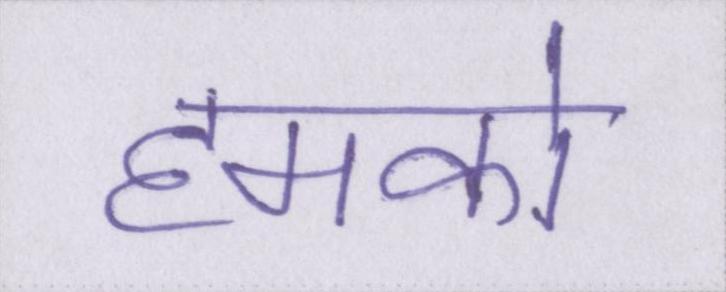
हमको